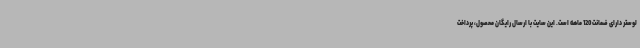
لوستر دارای ضمانت 120 ماهه است. این سایت با ارسال رایگان محصول، پرداخت